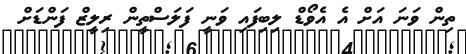
ތިން ވަނަ އަށް އެ އެވޯޑް ލިބިފައި ވަނީ ފަލަސްތީން ރިލީޒް ފަންޑަށް